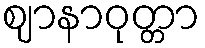
ဈာနာဝုတ္တာ